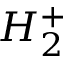
H _ { 2 } ^ { + }